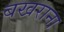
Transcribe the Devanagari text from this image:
बखराना